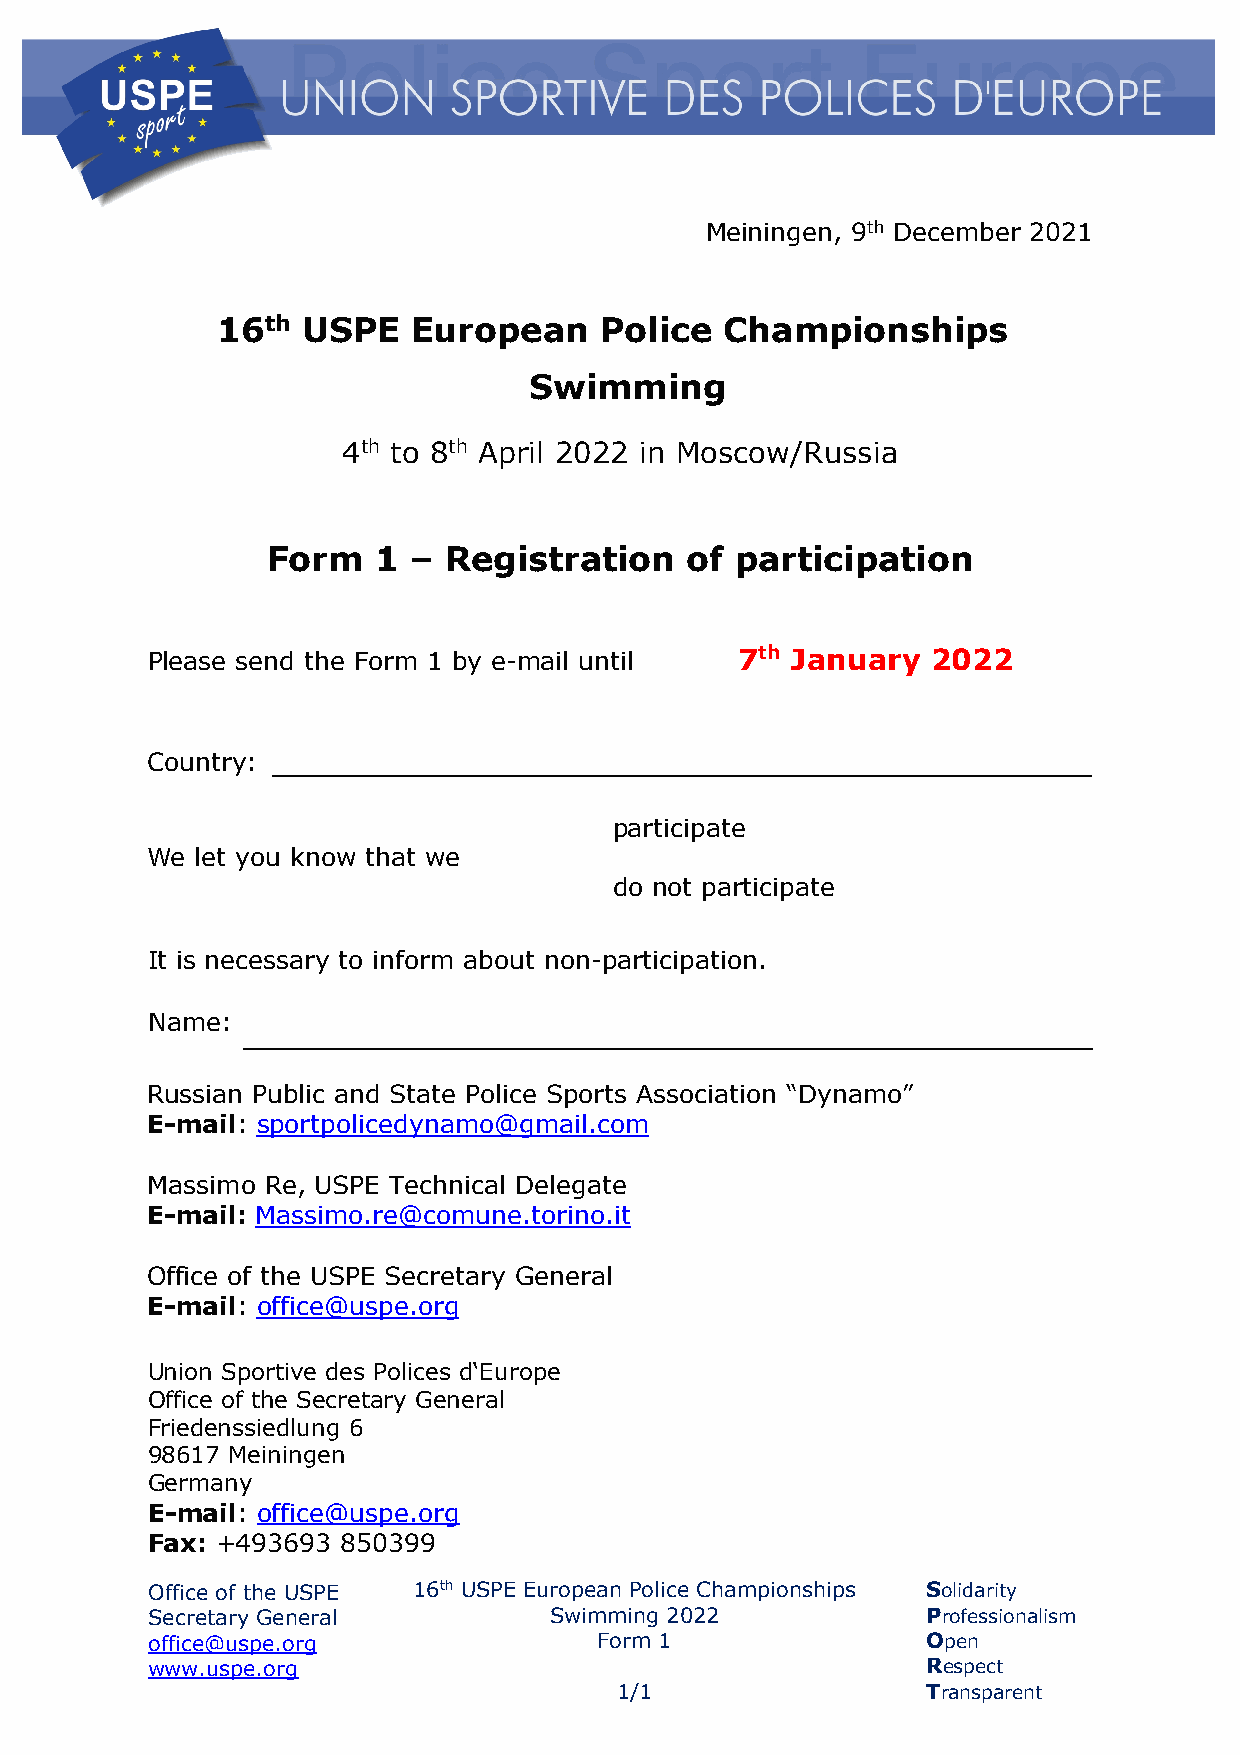
Meiningen, 9th December 2021
 16th  USPE   European     Police  Championships
 Swimming
 4th to 8th April 2022 in Moscow/Russia
 Form   1 – Registration    of  participation
 Please send the Form 1 by e-mail until 7th January  2022
 Country:
 participate
 We let you know that we
 do not participate
 It is necessary to inform about non-participation.
 Name:
 Russian Public and State Police Sports Association “Dynamo”
 E-mail: sportpolicedynamo@gmail.com
 Massimo Re, USPE Technical Delegate
 E-mail: Massimo.re@comune.torino.it
 Office of the USPE Secretary General
 E-mail: office@uspe.org
 Union Sportive des Polices d‘Europe
 Office of the Secretary General
 Friedenssiedlung 6
 98617 Meiningen
 Germany
 E-mail: office@uspe.org
 Fax: +493693 850399
 Office of the USPE 16th USPE European Police Championships Solidarity
 Secretary General         Swimming 2022            Professionalism
 office@uspe.org               Form 1               Open
 www.uspe.org                                       Respect
 1/1                 Transparent